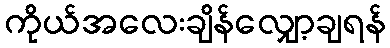
ကိုယ်အလေးချိန်လျှော့ချရန်